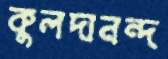
কুলদানন্দ